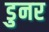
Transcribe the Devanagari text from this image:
डुनर